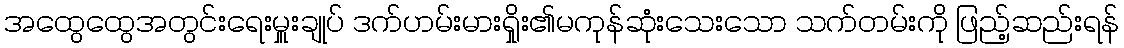
အထွေထွေအတွင်းရေးမှူးချုပ် ဒက်ဟမ်းမားရှိုး၏မကုန်ဆုံးသေးသော သက်တမ်းကို ဖြည့်ဆည်းရန်